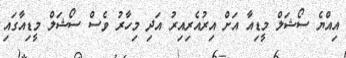
އިއްޔެ ސޯޝަލް މީޑިއާ އަށް އިރުއެރިއިރު އަދި މިހާރު ވެސް ސޯޝަލް މީޑިއާގައި